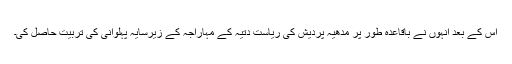
اس کے بعد انہوں نے باقاعدہ طور پر مدھیہ پردیش کی ریاست دتیہ کے مہاراجہ کے زیرسایہ پہلوانی کی تربیت حاصل کی۔